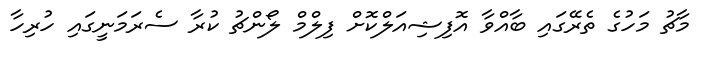
މާޗު މަހުގެ ތެރޭގައި ބާއްވާ އޮފިޝިއަލްކޮށް ފިލްމް ލޯންޗު ކުރާ ސެރަމަނީގައި ހުރިހާ